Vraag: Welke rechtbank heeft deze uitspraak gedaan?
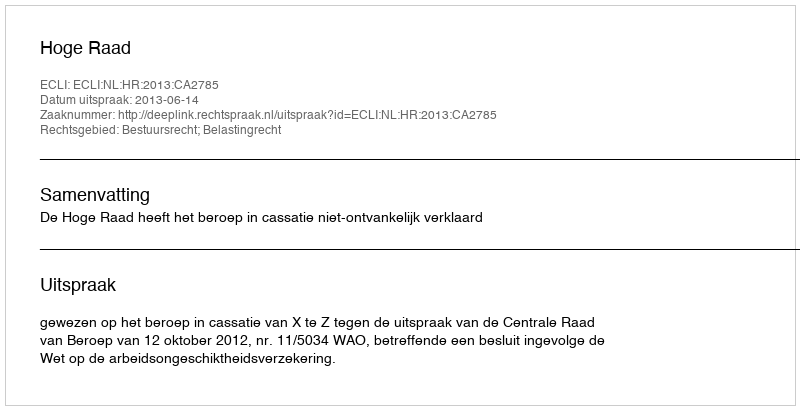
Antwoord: Hoge Raad